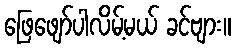
ဖြေဖျော်ပါလိမ့်မယ် ခင်ဗျား။